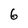
Character: 6